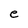
Character: e